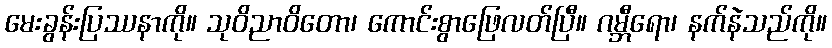
မေးခွန်းပြဿနာကို။ သုဝိညာဝိတော၊ ကောင်းစွာဖြေလတ်ပြီ။ ဂမ္ဘီရော၊ နက်နဲသည်ကို။